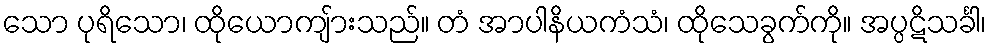
သော ပုရိသော၊ ထိုယောကျ်ားသည်။ တံ အာပါနိယကံသံ၊ ထိုသေခွက်ကို။ အပ္ပဋိသင်္ခါ၊